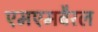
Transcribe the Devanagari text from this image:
एमएमबैरल